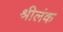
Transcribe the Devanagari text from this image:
श्रीलंक